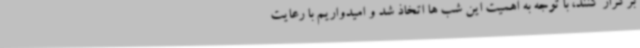
برگزار کنند، با توجه به اهمیت این شب ها اتخاذ شد و امیدواریم با رعایت